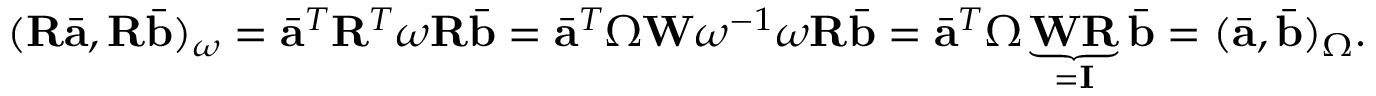
( \mathbf { R } \bar { \mathbf { a } } , \mathbf { R } \bar { \mathbf { b } } ) _ { \omega } = \bar { \mathbf { a } } ^ { T } \mathbf { R } ^ { T } \boldsymbol { \omega } \mathbf { R } \bar { \mathbf { b } } = \bar { \mathbf { a } } ^ { T } \boldsymbol { \Omega } \mathbf { W } \boldsymbol { \omega } ^ { - 1 } \boldsymbol { \omega } \mathbf { R } \bar { \mathbf { b } } = \bar { \mathbf { a } } ^ { T } \boldsymbol { \Omega } \underbrace { \mathbf { W } \mathbf { R } } _ { = \mathbf { I } } \bar { \mathbf { b } } = ( \bar { \mathbf { a } } , \bar { \mathbf { b } } ) _ { \Omega } .